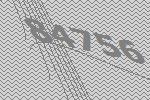
84756